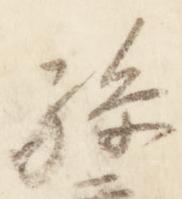
孫